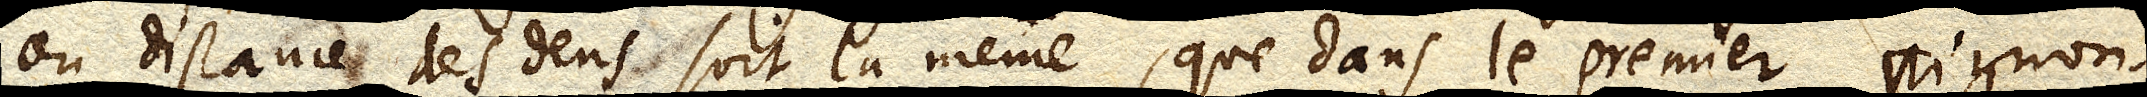
ou distance des dens soit la même, que dans le premier pignon,